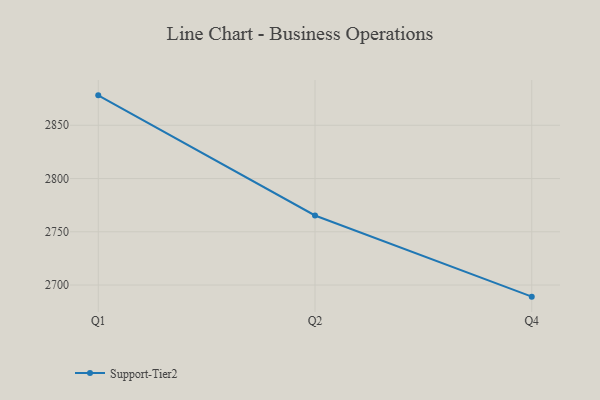
{"axis": {"x": "Quarter", "y": "Active Users"}, "legend": ["Support-Tier2"], "data": [{"x": "Q1", "y": 2878.1, "type": "Support-Tier2"}, {"x": "Q2", "y": 2765.3, "type": "Support-Tier2"}, {"x": "Q4", "y": 2689.1, "type": "Support-Tier2"}]}